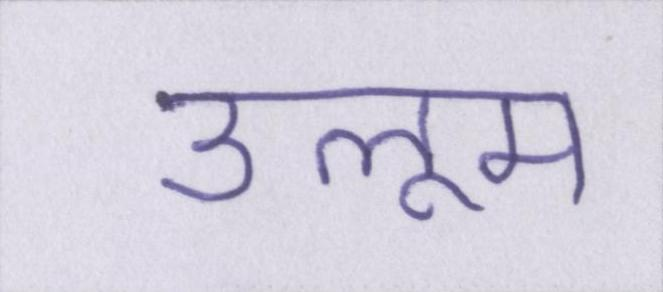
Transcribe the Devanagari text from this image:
उलूम